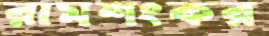
রামশংকর